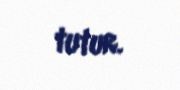
tutur.